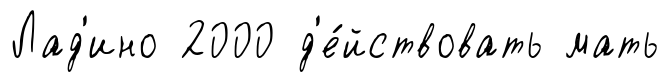
Лад'ино 2000 д'е́йствовать мать